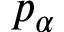
p _ { \alpha }